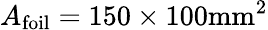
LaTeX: A_{\mathrm{foil}}=150\times 100\mathrm{mm}^{2}